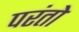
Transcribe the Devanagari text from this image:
परंतो